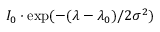
I _ { 0 } \cdot \exp ( - ( \lambda - \lambda _ { 0 } ) / 2 \sigma ^ { 2 } )